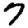
Digit: 7